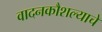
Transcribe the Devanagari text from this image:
वादनकौशल्याचे